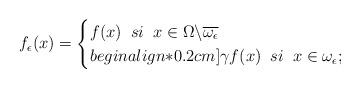
LaTeX: \begin{align*} f_\epsilon(x)= \begin{cases} f(x)\;\;si\;\;x\in\Omega\backslash\overline{\omega_\epsilon}\\begin{align*}0.2cm] \gamma f(x)\;\;si\;\;x\in\omega_\epsilon; \end{cases} \end{align*}